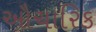
ઔચારિક